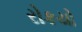
રોકયો